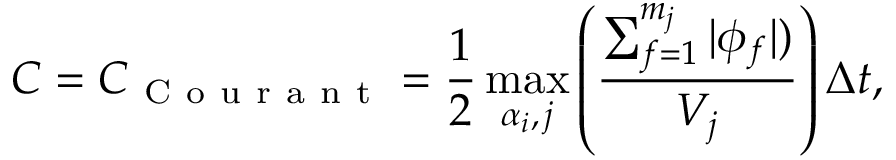
C = C _ { \mathrm { ~ C ~ o ~ u ~ r ~ a ~ n ~ t ~ } } = \frac { 1 } { 2 } \operatorname* { m a x } _ { \alpha _ { i } , \, j } \left( \frac { \sum _ { f = 1 } ^ { m _ { j } } | \phi _ { f } | ) } { V _ { j } } \right) \Delta t ,